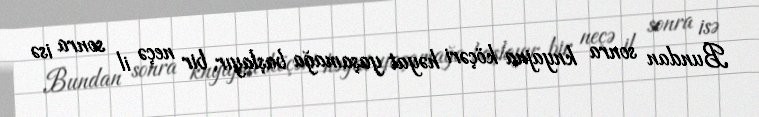
Bundan sonra knyajna köçəri həyat yaşamağa başlayır, bir neçə il sonra isə